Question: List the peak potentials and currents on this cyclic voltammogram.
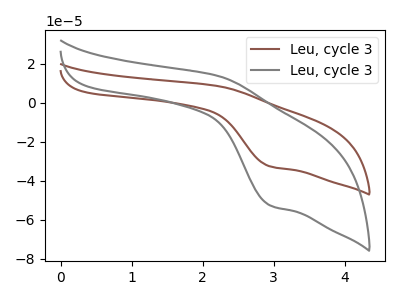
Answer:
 <answer>The brown curve "Leu, cycle 31" has an anodic peak at (2.20V, 8.50uA) and a cathodic peak at (2.95V, -32.65uA). The gray curve "Leu, cycle 32" has an anodic peak at (2.20V, 13.70uA) and a cathodic peak at (2.95V, -52.60uA).</answer>
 <eval></eval>